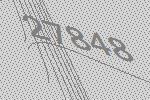
27848